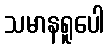
သမာနရူပေါ